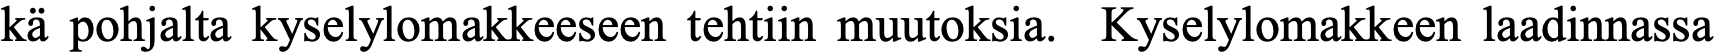
kä pohjalta kyselylomakkeeseen tehtiin muutoksia. Kyselylomakkeen laadinnassa